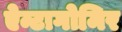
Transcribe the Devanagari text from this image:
ऐन्टागोमिर